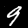
Label: 9